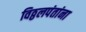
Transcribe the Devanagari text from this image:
विठ्ठलपंतांना